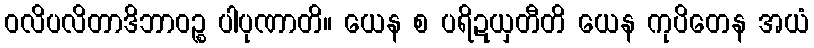
ဝလိပလိတာဒိဘာဝဉ္စ ပါပုဏာတိ။ ယေန စ ပရိဍယှတီတိ ယေန ကုပိတေန အယံ